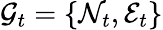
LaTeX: \mathcal{G}_{t}=\{ \mathcal{N}_{t},\mathcal{E}_{t}\}